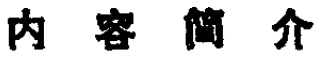
内容简介